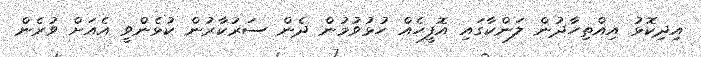
އިދިކޮޅު އިއްތިހާދުން ލަންކާގައި އޮފީހެއް ހުޅުވުމުން ދެން ސަރުކާރުން ކުޅެންވީ އެއަށް ވުރެން